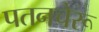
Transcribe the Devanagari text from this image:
पतनचेरू